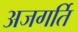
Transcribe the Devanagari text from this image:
अजगर्ति